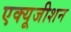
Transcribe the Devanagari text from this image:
एक्यूजीशन